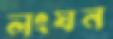
লংঘন